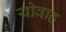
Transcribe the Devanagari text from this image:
योवाह